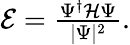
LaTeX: \begin{array}{r}{{\cal E}=\frac{\Psi^{\dagger}{\cal H}\Psi}{\vert\Psi\vert^{2}}.}\end{array}